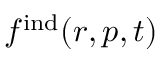
f ^ { \mathrm { i n d } } ( \boldsymbol { r } , \boldsymbol { p } , t )